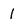
Character: 1